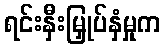
ရင်းနှီးမြှုပ်နှံမှုက